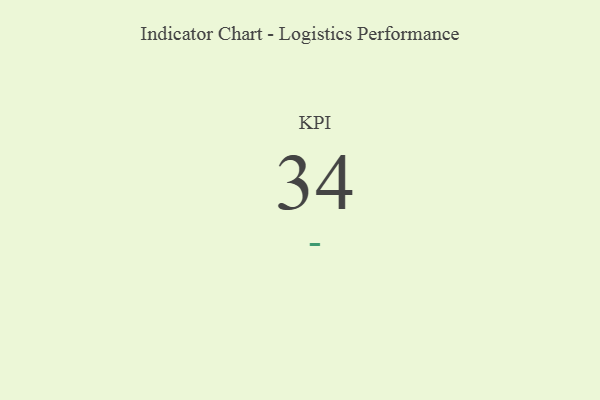
{"axis": {"x": "KPI", "y": "Value"}, "legend": [""], "data": [{"x": "KPI", "y": 34, "type": ""}]}